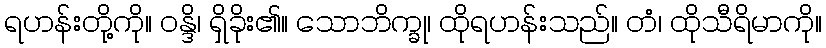
ရဟန်းတို့ကို။ ဝန္ဒိ၊ ရှိခိုး၏။ သောဘိက္ခု၊ ထိုရဟန်းသည်။ တံ၊ ထိုသီရိမာကို။